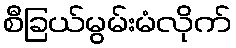
စီခြယ်မွမ်းမံလိုက်